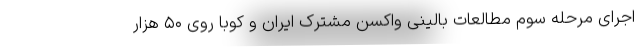
اجرای مرحله سوم مطالعات بالینی واکسن مشترک ایران و کوبا روی ۵۰ هزار